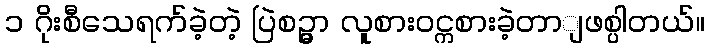
၁ ဂိုးစီသေရက်ခဲ့တဲ့ ပြဲစဉ္မွာ လူစားဝင္ကစားခဲ့တာျဖစ္ပါတယ်။